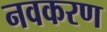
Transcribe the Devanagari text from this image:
नवकरण